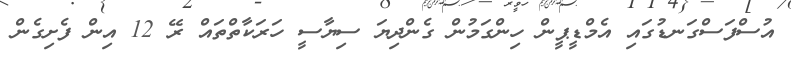
އުސްފަސްގަނޑުގައި އެމްޑީޕީން ހިންގަމުން ގެންދިޔަ ސިޔާސީ ހަރަކާތްތައް ރޭ 12 އިން ފެށިގެން